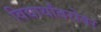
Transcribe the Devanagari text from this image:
विद्यार्थांबरोबर